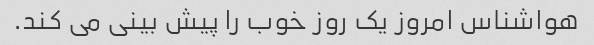
هواشناس امروز یک روز خوب را پیش بینی می کند.